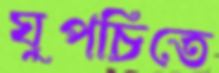
ঘুপচিতে